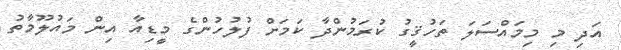
އަދި މި މިމައްސަލަ ތަހުޤީގު ކުރަމުންދާ ކަމަށް ފުލުހުންގެ މީޑިއާ އިން މައުލޫމާތު